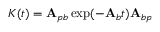
K ( t ) = \mathbf { A } _ { p b } \exp ( - \mathbf { A } _ { b } t ) \mathbf { A } _ { b p }